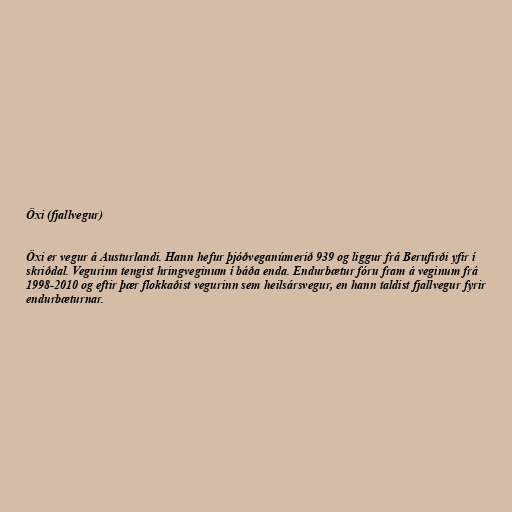
Öxi (fjallvegur)

Öxi er vegur á Austurlandi. Hann hefur þjóðveganúmerið 939 og liggur frá Berufirði yfir í
skriðdal. Vegurinn tengist hringveginum í báða enda. Endurbætur fóru fram á veginum frá
1998-2010 og eftir þær flokkaðist vegurinn sem heilsársvegur, en hann taldist fjallvegur fyrir
endurbæturnar.